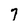
Character: 7